18_100754_ General 1946-7_Vol_2
Agency: Department of War
Incident date: 12/30/47
Page 9
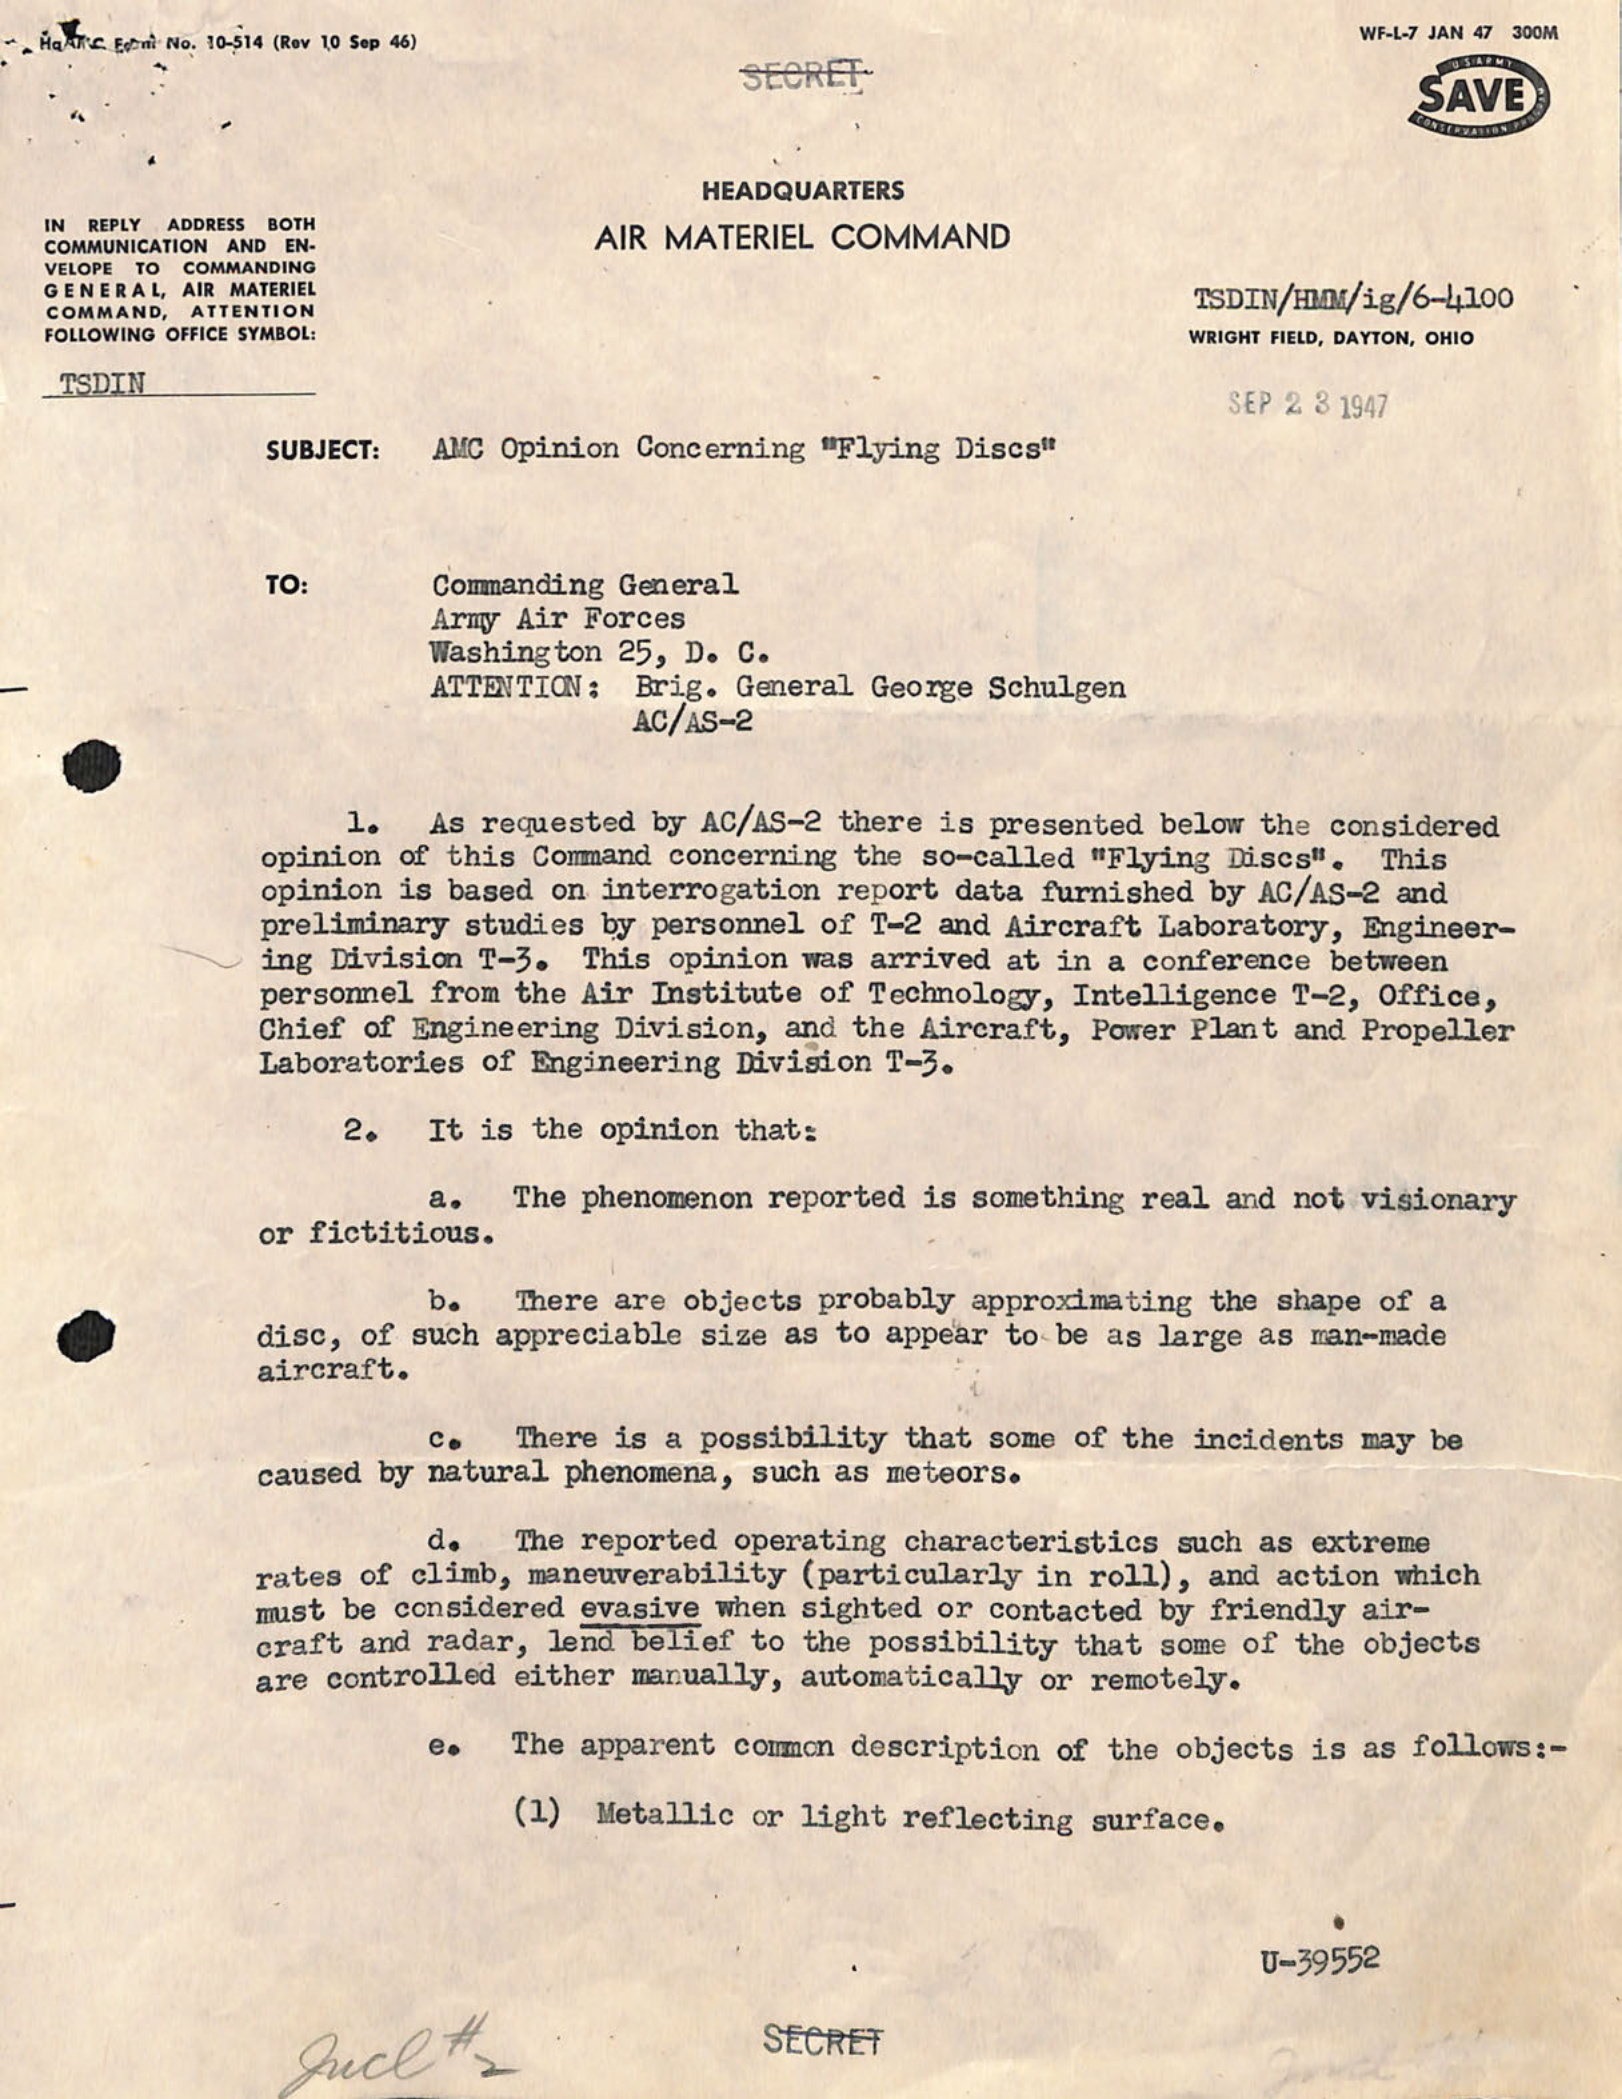